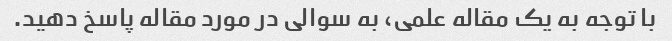
با توجه به یک مقاله علمی، به سوالی در مورد مقاله پاسخ دهید.